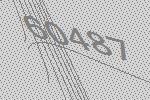
60487